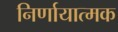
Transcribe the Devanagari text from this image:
निर्णायात्मक